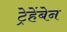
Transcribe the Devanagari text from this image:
ट्रेहेंबेन